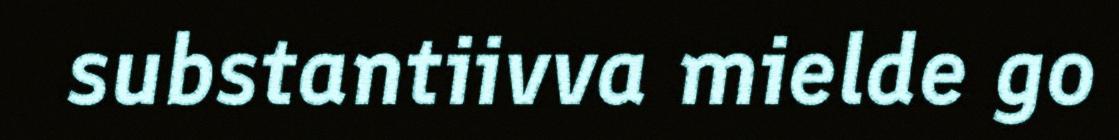
substantiivva mielde go